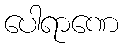
ပေါရာဏေ